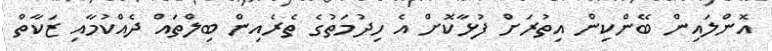
އޮންލައިން ބޭންކިން އިތުރަށް ފުޅާކޮށް އެ ހިދުމަތުގެ ތެރެއިން ބިލްތައް ދެއްކުމާއި ޒަކާތް